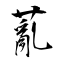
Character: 薍